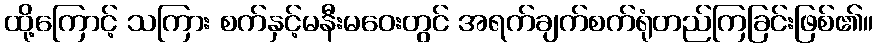
ထို့ကြောင့် သကြား စက်နှင့်မနီးမဝေးတွင် အရက်ချက်စက်ရုံတည်ကြခြင်းဖြစ်၏။